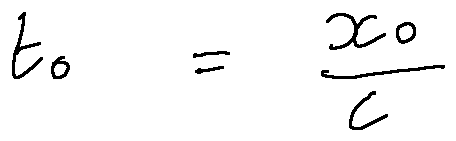
t _ { 0 } = \frac { x _ { 0 } } { c }